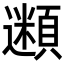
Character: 𩔢